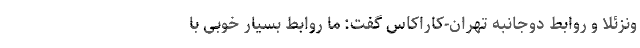
ونزئلا و روابط دوجانبه تهران-کاراکاس گفت: ما روابط بسیار خوبی با